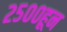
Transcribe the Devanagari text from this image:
२५००हून